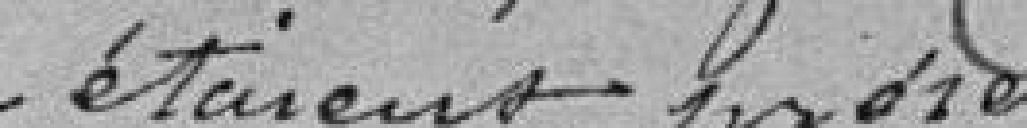
ou étaient présents